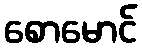
စောမောင်